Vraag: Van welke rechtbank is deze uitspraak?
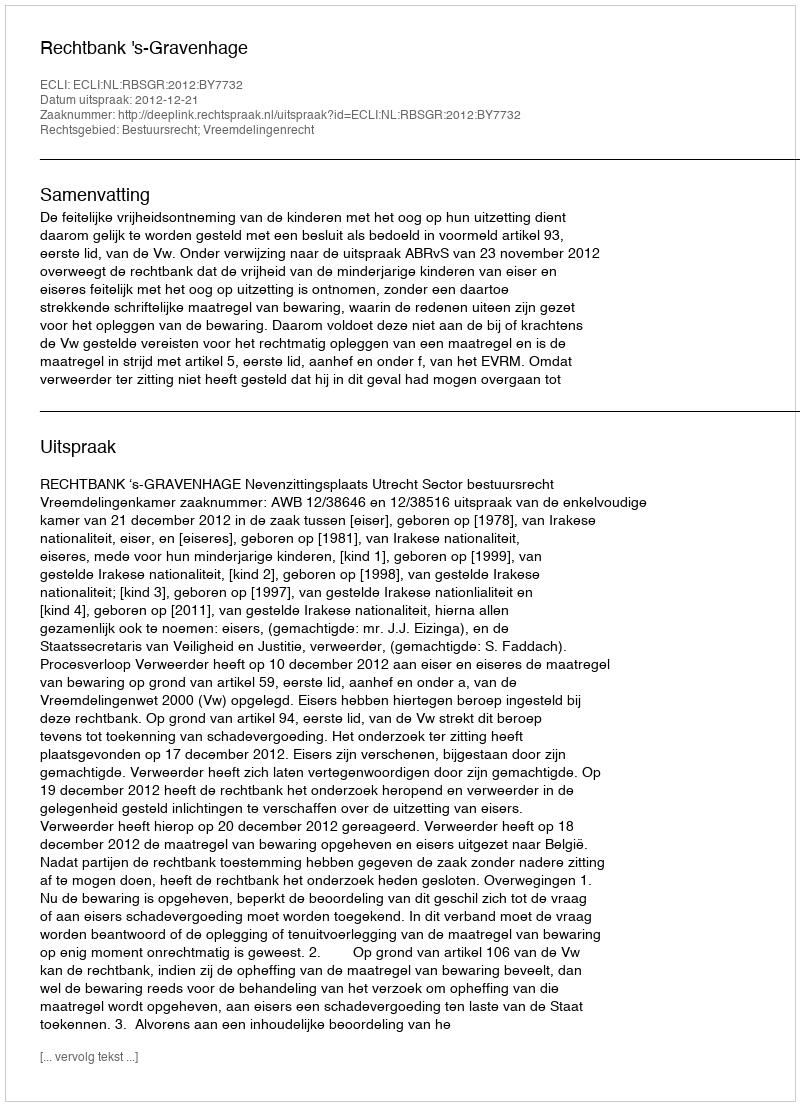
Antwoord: Rechtbank 's-Gravenhage